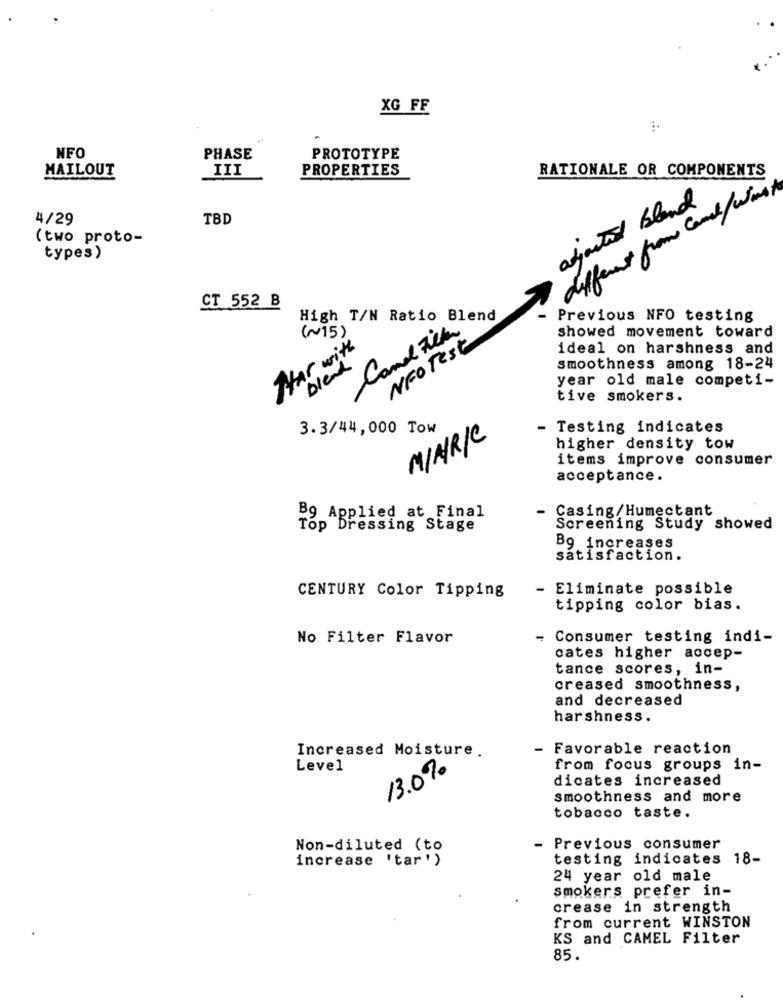
XG FF
NFO
PHASE
PROTOTYPE
MAILOUT
III
PROPERTIES
RATIONALE OR COMPONENTS
ajected bland
different from cane / Wine
4/29
TBD
(two proto-
types)
CT 552 B
High T/N Ratio Blend
Previous NFO testing
W15)
Camel Filter
showed movement toward
NFO Test
Har with
ideal on harshness and
blend
smoothness among 18-24
year old male competi-
tive smokers.
3.3/44,000 Tow
- Testing indicates
MINRIC
higher density tow
items improve consumer
acceptance.
- Casing/Humectant
Bg Applied at Final
Top Dressing Stage
Screening Study showed
Bg increases
satisfaction.
- Eliminate possible
CENTURY Color Tipping
tipping color bias.
No Filter Flavor
- Consumer testing indi-
cates higher accep-
tance scores, in-
creased smoothness,
and decreased
harshness.
Increased Moisture.
- Favorable reaction
Level
13.0%
from focus groups in-
dicates increased
smoothness and more
tobacco taste.
Non-diluted (to
- Previous consumer
increase 'tar')
testing indicates 18-
24 year old male
smokers prefer in-
crease in strength
from current WINSTON
KS and CAMEL Filter
85.